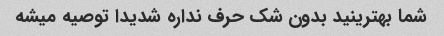
شما بهترینید بدون شک حرف نداره شدیدا توصیه میشه